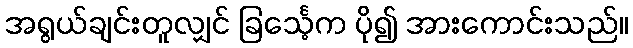
အရွယ်ချင်းတူလျှင် ခြင်္သေ့က ပို၍ အားကောင်းသည်။